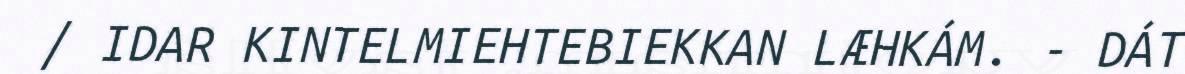
/ IDAR KINTELMIEHTEBIEKKAN LÆHKÁM. - DÁT